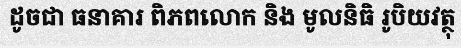
ដូចជា ធនាគារ ពិភពលោក និង មូលនិធិ រូបិយវត្ថុ